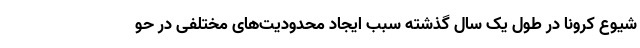
شیوع کرونا در طول یک سال گذشته سبب ایجاد محدودیت‌های مختلفی در حو